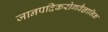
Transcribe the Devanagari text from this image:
जानपदिकरोगवैज्ञानिक